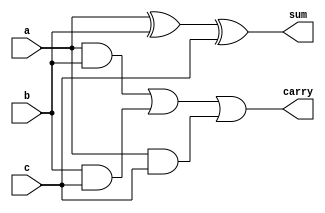
module FullAdder(input a,input b,input c,output sum,output carry);
assign sum = a ^ b ^ c;
assign carry = (a & b) | (b & c) | (a & c);
endmodule

module RippleCarryAdder(input [3:0] a,input [3:0] b,output [3:0] sum,output carry);
    wire c1, c2, c3;

FullAdder FA0 (.a(a[0]), .b(b[0]), .c(1'b0), .sum(sum[0]), .carry(c1)); 
FullAdder FA1 (.a(a[1]), .b(b[1]), .c(c1), .sum(sum[1]), .carry(c2)); 
FullAdder FA2 (.a(a[2]), .b(b[2]), .c(c2), .sum(sum[2]), .carry(c3)); 
FullAdder FA3 (.a(a[3]), .b(b[3]), .c(c3), .sum(sum[3]), .carry(carry));
endmodule

module BCDAdder(input [3:0] a,input [3:0] b,output [4:0] sum);
    wire [3:0] rca_sum;
    wire rca_carry;
    RippleCarryAdder RCA(
        .a(a),
        .b(b),
        .sum(rca_sum),
        .carry(rca_carry)
);
assign sum = (rca_sum > 4'd9) ? rca_sum + 4'd6 : rca_sum;
endmodule



module BCDAdder_tb;
    reg [3:0] a, b;
    wire [4:0] sum;
    BCDAdder UUT (a,b,sum);
    initial 
    begin
        $dumpfile("BCDAdder.vcd");
        $dumpvars(0,BCDAdder_tb);
        #0 a = 4'b0001; b = 4'b0010;
        #10 a = 4'b1100; b = 4'b0011;
        #10 a = 4'b1111; b = 4'b0100;
        #10 a = 4'b0110; b = 4'b0110;
        #10 $finish;
    end

    initial 
    begin
        $monitor("a = %b, b = %b, sum = %b", a, b, sum); 
    end
endmodule